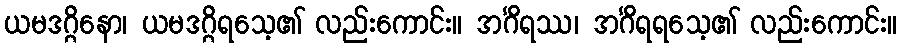
ယမဒဂ္ဂိနော၊ ယမဒဂ္ဂိရသေ့၏ လည်းကောင်း။ အင်္ဂိရဿ၊ အင်္ဂိရရသေ့၏ လည်းကောင်း။